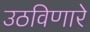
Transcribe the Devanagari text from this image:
उठविणारे